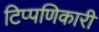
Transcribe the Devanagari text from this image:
टिप्पणिकारी